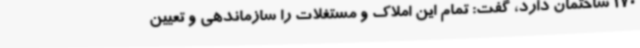
170 ساختمان دارد، گفت: تمام این املاک و مستغلات را سازماندهی و تعیین